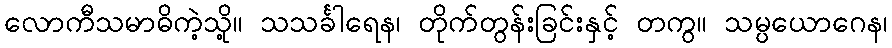
လောကီသမာဓိကဲ့သို့။ သသင်္ခါရေန၊ တိုက်တွန်းခြင်းနှင့် တကွ။ သမ္ပယောဂေန၊